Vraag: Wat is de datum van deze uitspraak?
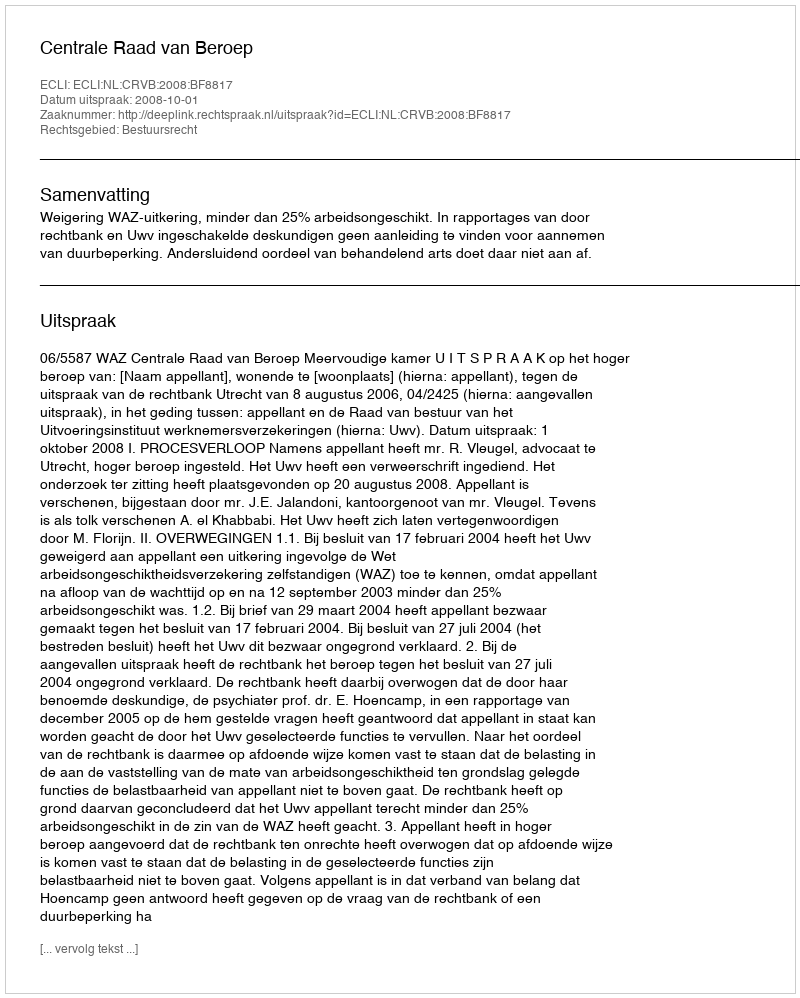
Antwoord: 2008-10-01